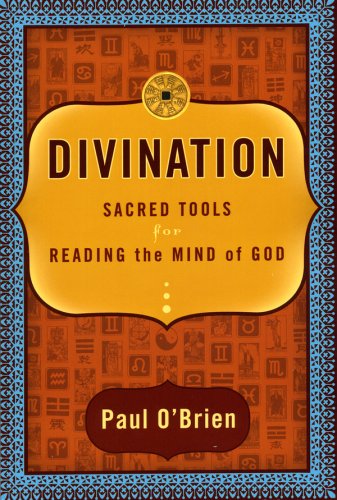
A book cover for Divination: Sacred Tools for Reading the Mind of God; Paul O'Brien; Religion & Spirituality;